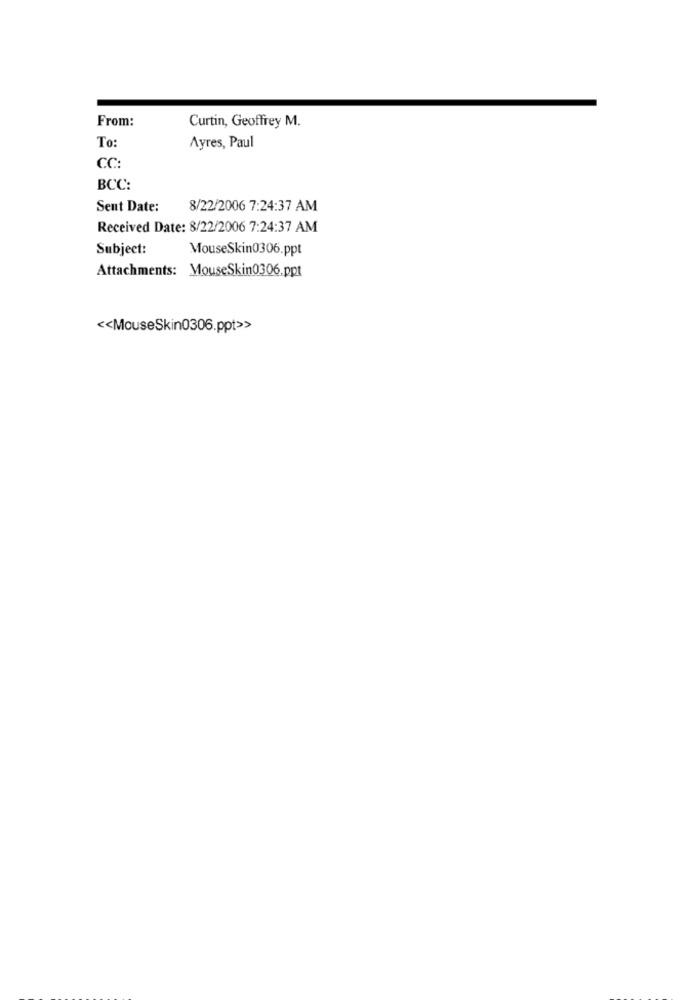
From:
Curtin, Geoffrey M.
To:
Ayres, Paul
CC:
BCC:
Sent Date:
8/22/2006 7:24:37 AM
Received Date: 8/22/2006 7:24:37 AM
Subject:
MouseSkin0306.ppt
Attachments: MouseSkin0306.ppt
<< MouseSkin0306.ppt>>